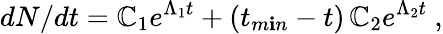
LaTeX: dN/dt=\mathbb{C}_{1}e^{\Lambda_{1}t}+(t_{m\mathbf{i}n}-t)\, \mathbb{C}_{2}e^{\Lambda_{2}t}\ ,